Vaccine operations Central Provinces & Berar 1922-1929 - 1922-1929
Year: 1922
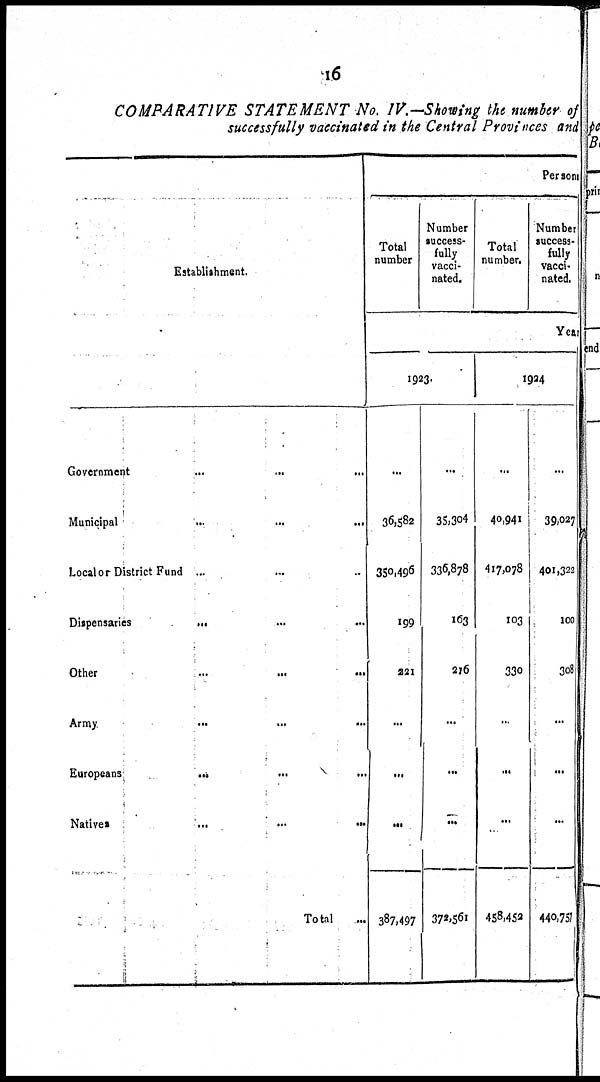
16
COMPARATIVE STATEMENT No. IV.—Showing the number of
successfully vaccinated in the Central Provinces and
Establishment.
Government ... ... ...
Municipal
...
...
...
Locator District Fund ... ... ...
Dispensaries
...
...
...
Other
...
...
...
Army
...
...
...
Europeans ... ... ...
Natives
...
...
...
Total ...
Persons
Total
number
Number
success-
fully
vacci-
nated.
Total
number.
Number
success-
fully
vacci-
nated.
Year
1923.
...
36,582
350,496
199
221
...
...
...
387,497
...
35,304
336,878
163
216
...
...
...
372,561
1924
...
40,941
417,078
103
330
...
...
...
458,452
...
39,027
401,322
100
308
...
...
...
440,757